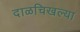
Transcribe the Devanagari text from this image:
दाळचिखल्या